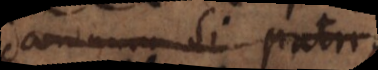
damnum si patri